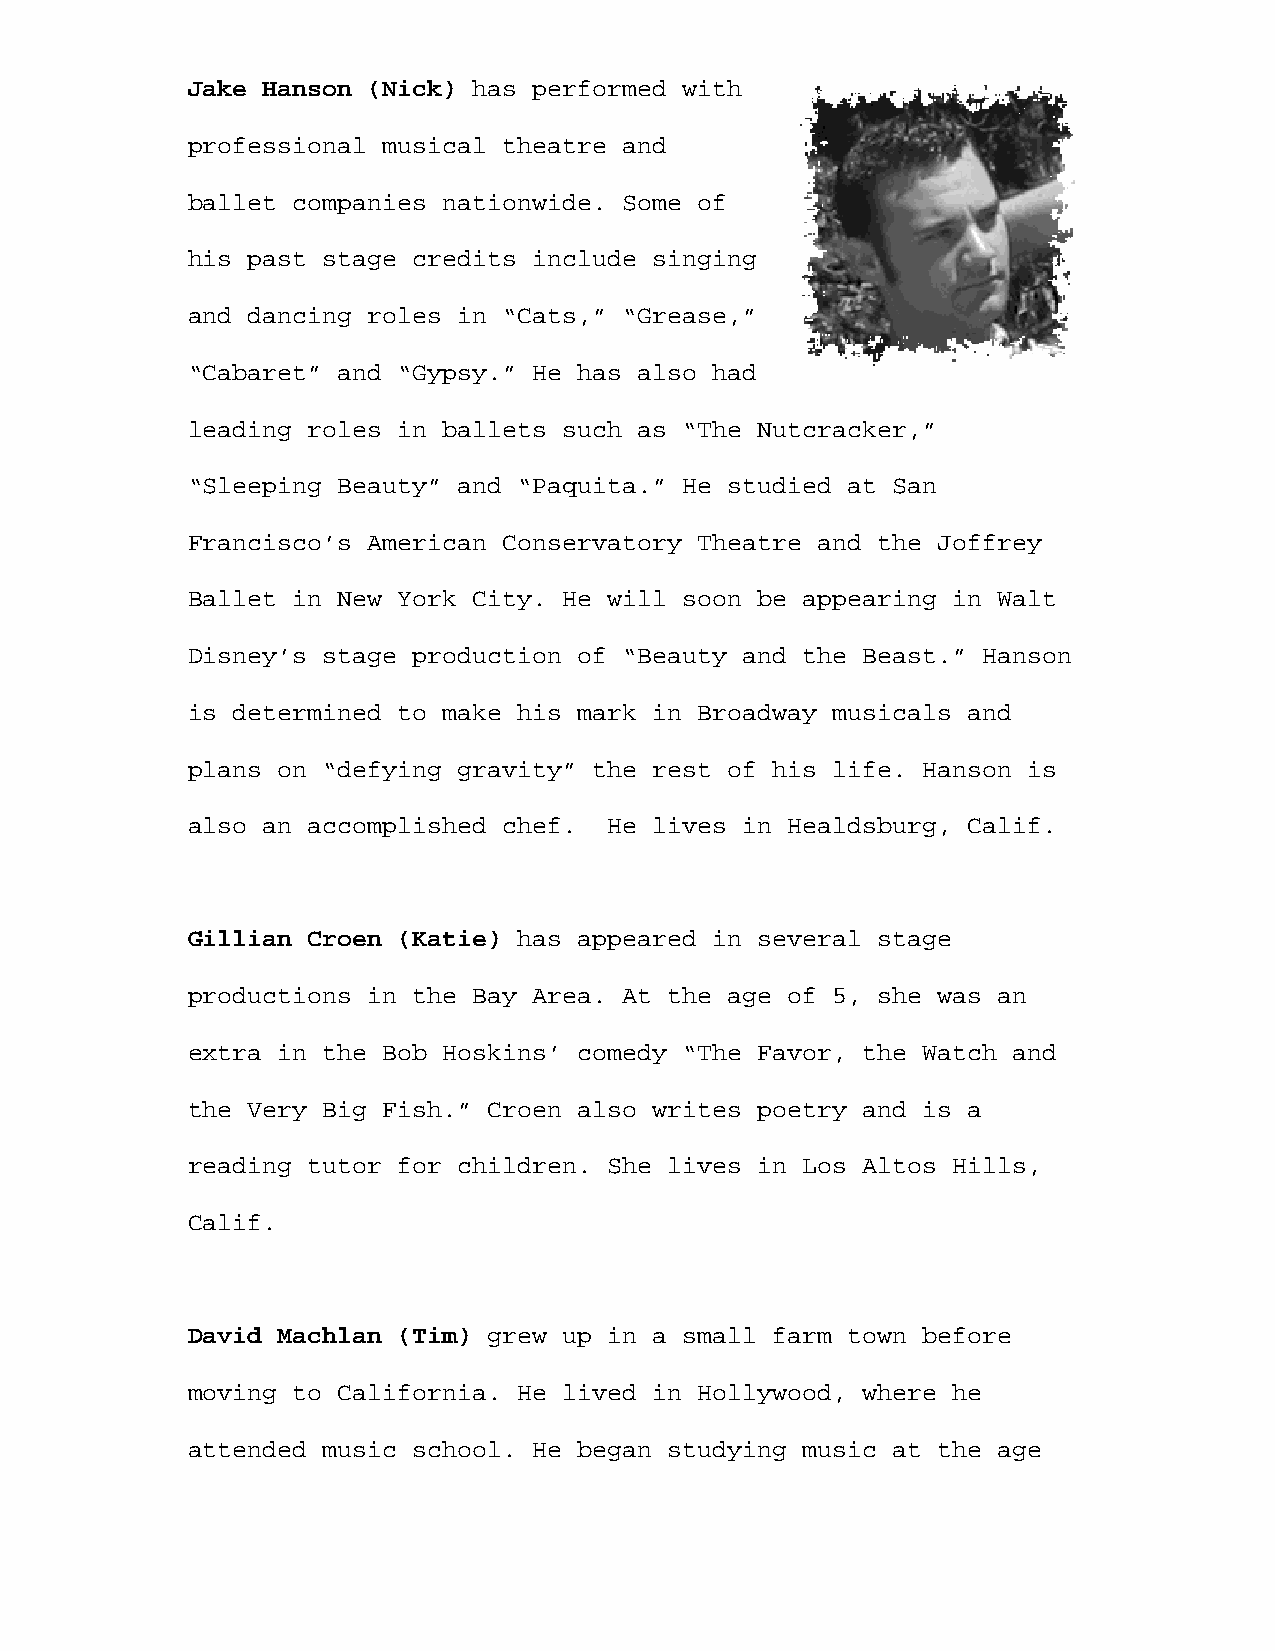
Jake Hanson (Nick) has performed with
 professional musical theatre and
 ballet companies nationwide. Some of
 his past stage credits include singing
 and dancing roles in “Cats,” “Grease,”
 “Cabaret” and “Gypsy.” He has also had
 leading roles in ballets such as “The Nutcracker,”
 “Sleeping Beauty” and “Paquita.” He studied at San
 Francisco’s American Conservatory Theatre and the Joffrey
 Ballet in New York City. He will soon be appearing in Walt
 Disney’s stage production of “Beauty and the Beast.” Hanson
 is determined to make his mark in Broadway musicals and
 plans on “defying gravity” the rest of his life. Hanson is
 also an accomplished chef.  He lives in Healdsburg, Calif.
 Gillian Croen (Katie) has appeared in several stage
 productions in the Bay Area. At the age of 5, she was an
 extra in the Bob Hoskins’ comedy “The Favor, the Watch and
 the Very Big Fish.” Croen also writes poetry and is a
 reading tutor for children. She lives in Los Altos Hills,
 Calif.
 David Machlan (Tim) grew up in a small farm town before
 moving to California. He lived in Hollywood, where he
 attended music school. He began studying music at the age